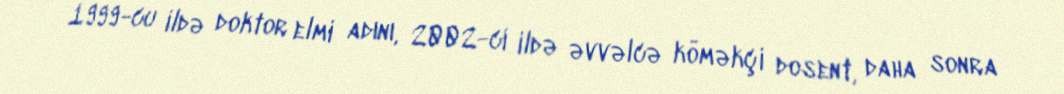
1999-cu ildə doktor elmi adını, 2002-ci ildə əvvəlcə köməkçi dosent, daha sonra